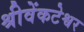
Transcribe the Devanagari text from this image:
श्रीवेंकटेश्वर